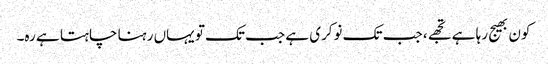
کون بھیج رہا ہے تجھے، جب تک نوکری ہے جب تک تو یہاں رہنا چاہتا ہے رہ۔